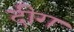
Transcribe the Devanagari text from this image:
दीग